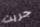
جريت